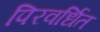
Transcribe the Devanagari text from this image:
पिरवर्धित